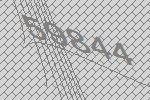
59844